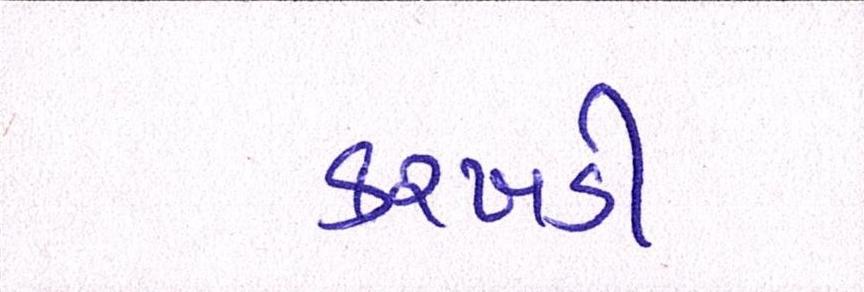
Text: કરખડી